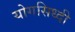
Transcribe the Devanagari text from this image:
योगसिध्दी